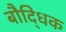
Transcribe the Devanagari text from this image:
बौदि्धक